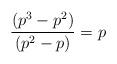
LaTeX: \begin{align*}\frac{(p^3-p^2)}{(p^2-p)} = p\end{align*}